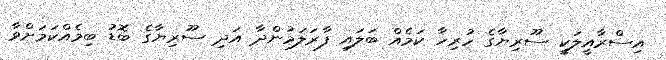
އިސްރާއީލަކީ ސޫރިޔާގެ ހުރިހާ ކަމެއް ބަލައި ފާރަލަމުންދާ އަދި ސޫރިޔާގެ ބޮޑު ބިމެއްކަމަށްވާ